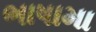
ભાષામા